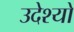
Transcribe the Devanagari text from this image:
उदेश्यो